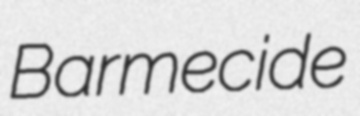
Barmecide